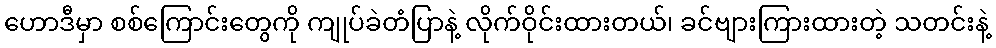
ဟောဒီမှာ စစ်ကြောင်းတွေကို ကျုပ်ခဲတံပြာနဲ့ လိုက်ဝိုင်းထားတယ်၊ ခင်ဗျားကြားထားတဲ့ သတင်းနဲ့